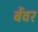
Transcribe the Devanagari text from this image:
बेंवर